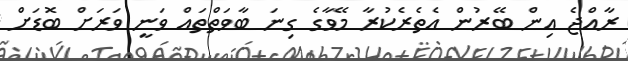
ރާއްޖެ އިން ބޭރުން އެތެރެކުރާ މޭވާގެ ގިނަ ބާވަތްތައް ވަނީ ވަރަށް ބޮޑަށް